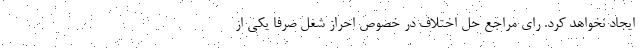
ایجاد نخواهد کرد. رای مراجع حل اختلاف در خصوص احراز شغل صرفا یکی از